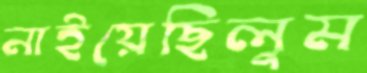
নাইয়েছিলুম